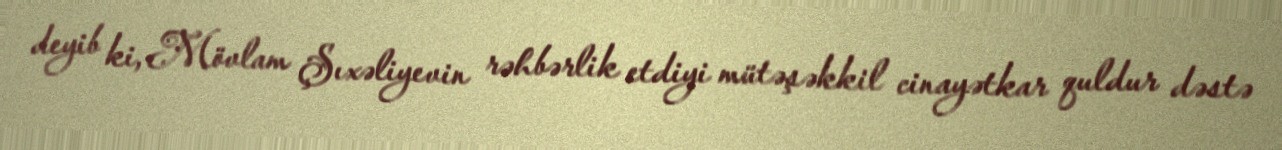
deyib ki, Mövlam Şıxəliyevin rəhbərlik etdiyi mütəşəkkil cinayətkar quldur dəstə